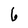
Character: 6